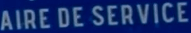
AIRE DE SERVICE